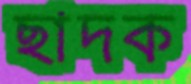
ছাদক